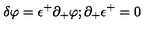
\delta \varphi = \epsilon ^ { + } \partial _ { + } \varphi ; \partial _ { + } \epsilon ^ { + } = 0